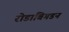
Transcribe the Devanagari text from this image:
रोडाबिगडन